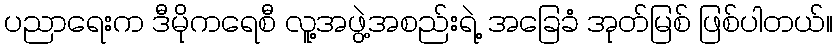
ပညာရေးက ဒီမိုကရေစီ လူ့အဖွဲ့အစည်းရဲ့ အခြေခံ အုတ်မြစ် ဖြစ်ပါတယ်။